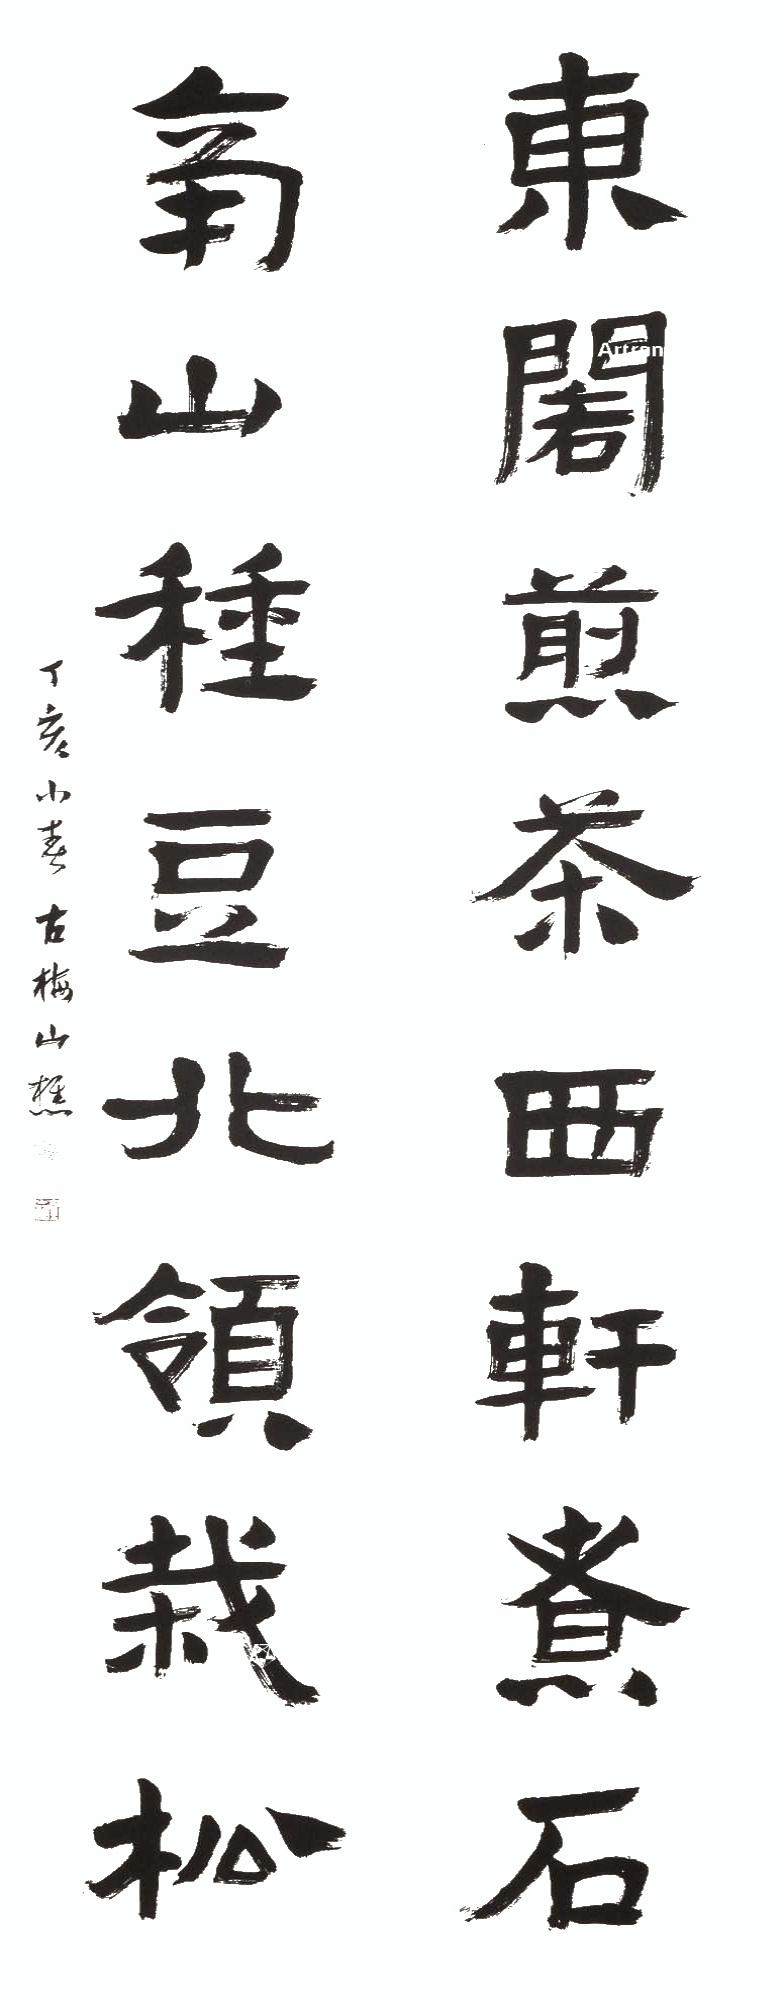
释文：东阁煎茶西轩煮石，南山种豆北领栽松。丁亥小春，古梅山樵。